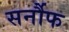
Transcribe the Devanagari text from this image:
सर्नौफ